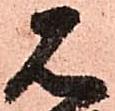
石